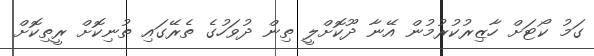
ގަމު ކޯޓަށް ހާޒިރުކުރުމުން އޭނާ ދޫކޮށްލީ ތިން ދުވަހުގެ ތެރޭގައި ތުނިކޮށް ރީތިކޮށް